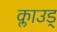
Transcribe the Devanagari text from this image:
क्लाउड्